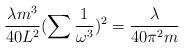
LaTeX: \begin{align*}\frac{\lambda m^{3}}{40L^{2}}(\sum\frac{1}{\omega^{3}})^{2}=\frac{\lambda}{40\pi^{2}m}\end{align*}